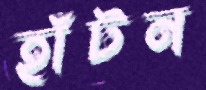
হাঁটন